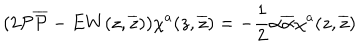
( 2 { \cal P } { \overline { { { \cal P } } } } - E W ( z , \overline { { { z } } } ) ) \chi ^ { a } ( z , \overline { { { z } } } ) = - \frac { 1 } { 2 } \alpha \overline { { { \alpha } } } \chi ^ { a } ( z , \overline { { { z } } } )